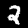
Label: 2